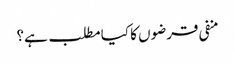
منفی قرضوں کا کیا مطلب ہے؟